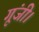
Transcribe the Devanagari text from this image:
गूंजी।